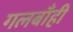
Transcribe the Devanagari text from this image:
गलबाँही